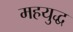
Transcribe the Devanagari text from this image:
महयुद्ध